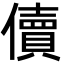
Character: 儥